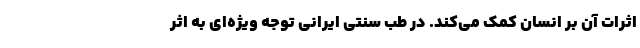
اثرات آن بر انسان کمک می‌کند. در طب سنتی ایرانی توجه ویژه‌ای به اثر